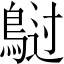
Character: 𲍡